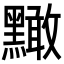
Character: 𪒠